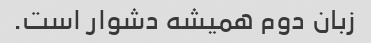
زبان دوم همیشه دشوار است.